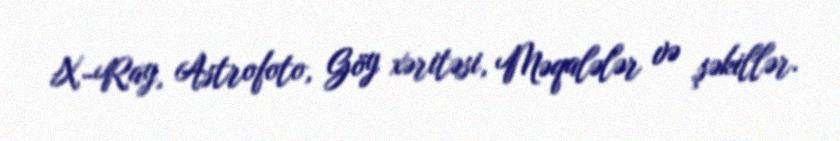
X-Ray, Astrofoto, Göy xəritəsi, Məqalələr və şəkillər.